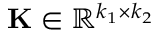
\mathbf { K } \in \mathbb { R } ^ { k _ { 1 } \times k _ { 2 } }